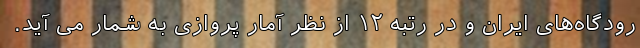
رودگاه‌های ایران و در رتبه ۱۲ از نظر آمار پروازی به شمار می آید.